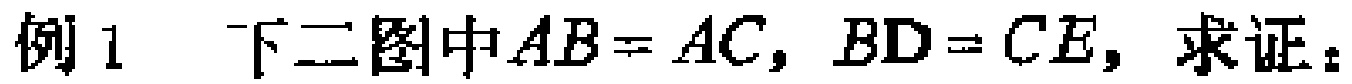
例 1 下图中\(AB = AC\)，\(BD = CE\)，求证：